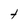
Character: t